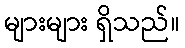
များများ ရှိသည်။